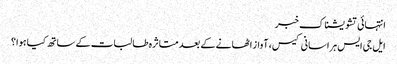
انتہائی تشویشناک خبر
ایل جی ایس ہراسانی کیس، آواز اٹھانے کے بعد متاثرہ طالبات کے ساتھ کیا ہوا؟